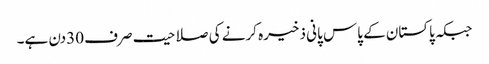
جبکہ پاکستان کے پاس پانی ذخیرہ کرنے کی صلاحیت صرف 30دن ہے۔